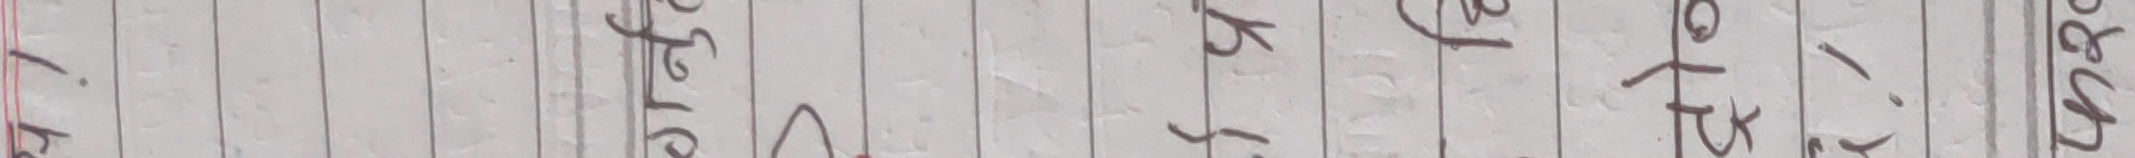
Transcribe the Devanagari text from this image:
पिते धेरै अलि कति उही एका